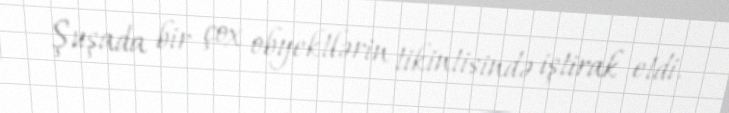
Şuşada bir çox obyektlərin tikintisində iştirak etdi.